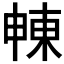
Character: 𣌾